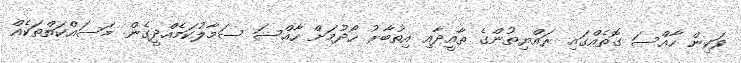
ވަކިން ހާއްސަ ގޮތެއްގައި ރައްޔިތުންގެ ތާއީދާއި އިތުބާރު ހޯދުމަށް ހާއްސަ ސަމާލުކަމެއްދީގެން މަސައްކަތްތަކެއް